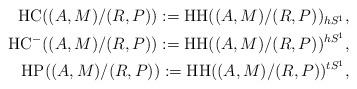
LaTeX: \begin{align*}{\rm HC}((A, M) / (R, P)) := {\rm HH}((A, M) / (R, P))_{hS^1}, \\ {\rm HC}^-((A, M) / (R, P)) := {\rm HH}((A, M) / (R, P))^{hS^1}, \\ {\rm HP}((A, M) / (R, P)) := {\rm HH}((A, M) / (R, P))^{tS^1},\end{align*}